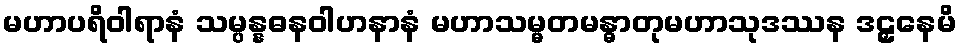
မဟာပရိဝါရာနံ သမ္ပန္နဓနဝါဟနာနံ မဟာသမ္မတမန္ဓာတုမဟာသုဒဿန ဒဠှနေမိ